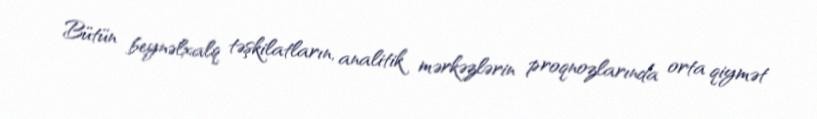
Bütün beynəlxalq təşkilatların, analitik mərkəzlərin proqnozlarında orta qiymət